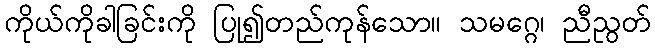
ကိုယ်ကိုခါခြင်းကို ပြု၍တည်ကုန်သော။ သမဂ္ဂေ၊ ညီညွတ်